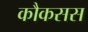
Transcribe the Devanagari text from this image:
कौकसस